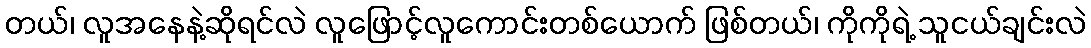
တယ်၊ လူအနေနဲ့ဆိုရင်လဲ လူဖြောင့်လူကောင်းတစ်ယောက် ဖြစ်တယ်၊ ကိုကိုရဲ့ သူငယ်ချင်းလဲ